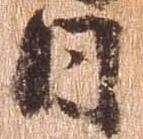
日